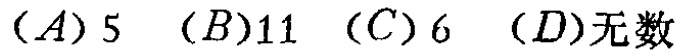
$(A)5\ (B)11\ (C)6\ (D)无数$